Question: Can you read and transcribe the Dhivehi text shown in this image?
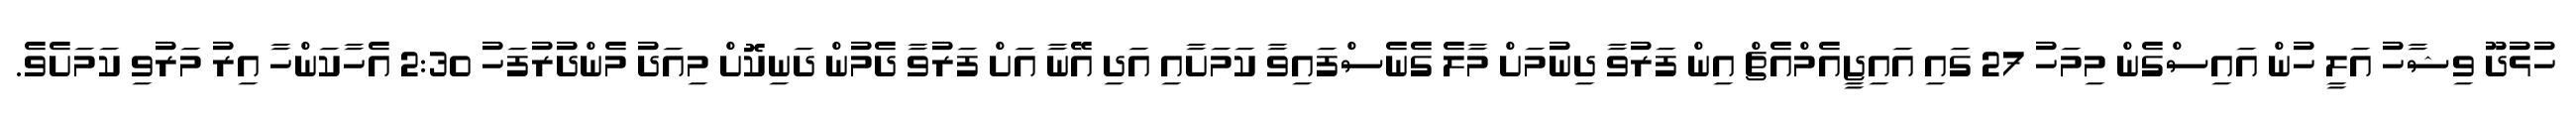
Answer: ހުޅުދޫ ވިޝާހު އަލީ ހުން އައިސްގެން މިމަހު 27 ގައި އައިޖީއެމްއެޗް އިން ފަރުވާ ދިނުމަށް މާލެ ގެނެސްފައިވާ ކަމަށާއި އަދި އޭނާ އަށް ފަރުވާ ދެމުން ދަނިކޮށް މިއަދު މެންދުރުފަހު 2:30 އެހާކަންހާ އިރު މަރުވި ކަމަށެވެ.